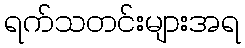
ရက်သတင်းများအရ